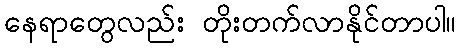
နေရာတွေလည်း တိုးတက်လာနိုင်တာပါ။